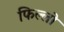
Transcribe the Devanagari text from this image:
फिल्लो